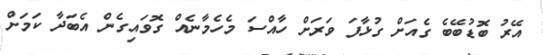
އޭރު ބޮޑުބޭބެ ގެއަށް ގުޅާފަ ވަރަށް ހާއްސަ މެހެމާނެއް ގޮވައިގެން އެބަދާ ކަމަށް